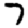
Digit: 7